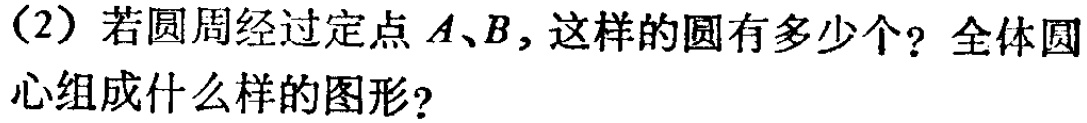
(2) 若圆周经过定点 \(A、B\)，这样的圆有多少个？全体圆心组成什么样的图形？